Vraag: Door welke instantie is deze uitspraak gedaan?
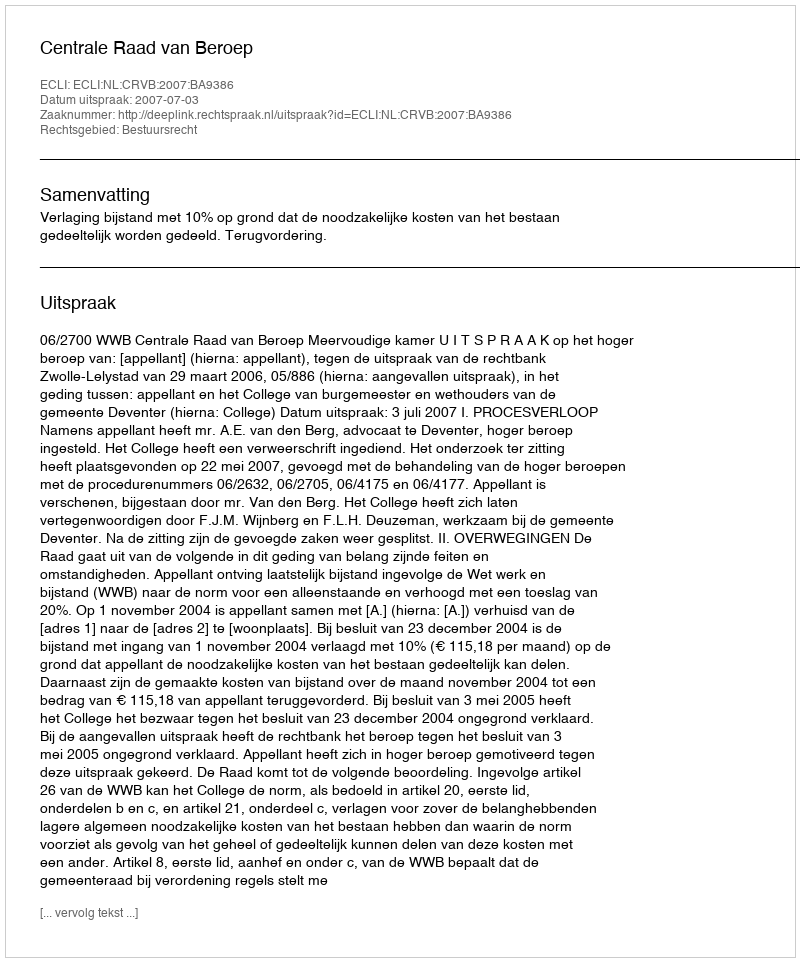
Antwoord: Centrale Raad van Beroep